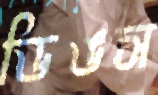
ডিঙস